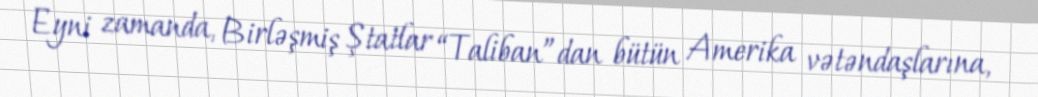
Eyni zamanda, Birləşmiş Ştatlar “Taliban”dan bütün Amerika vətəndaşlarına,